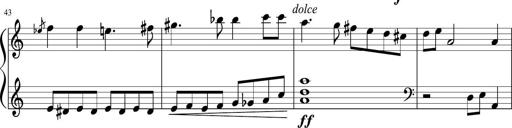
Title: Sonatine Nr.1 in C-Dur
Composer: DÃ©sirÃ©e Manns
Key: C major